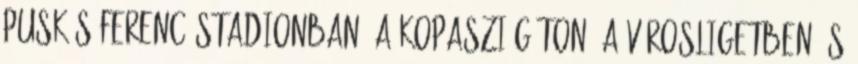
Puskás Ferenc Stadionban, a Kopaszi gáton, a Városligetben és